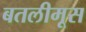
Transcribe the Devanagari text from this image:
बतलीमूस